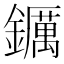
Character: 𨯅